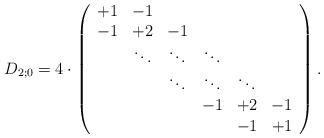
LaTeX: \begin{align*}D_{2;0}=4\cdot\left(\begin{array}{cccccc}+1&-1& &&& \\-1&+2&-1& & & \\ &\ddots&\ddots& \ddots& & \\ & &\ddots&\ddots&\ddots&\\ & & &-1&+2&-1\\ & & & &-1&+1 \\\end{array}\right).\end{align*}